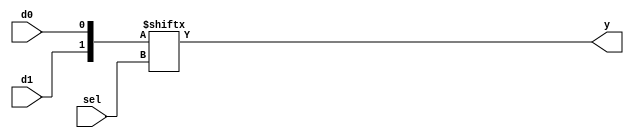
module b1_mux_2_1_concate
(
    input  d0,
    input  d1,
    input  sel,
    output y
);
	 wire [1:0] dataIn;
    assign dataIn = {d1,d0};
	 assign y = dataIn[sel];
endmodule